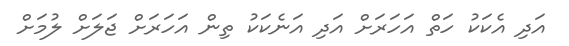
އަދި އެކަކު ހަތް އަހަރަށް އަދި އަނެކަކު ތިން އަހަރަށް ޖަލަށް ލުމަށް